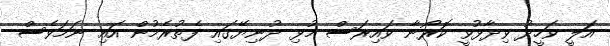
އަލީ ވަހީދު ވިދާޅުވީ ކޮރޯނާ ވައިރަސް މުޅި ދުނިޔޭގައި ފެތުރެމުން އައި ނަމަވެސް